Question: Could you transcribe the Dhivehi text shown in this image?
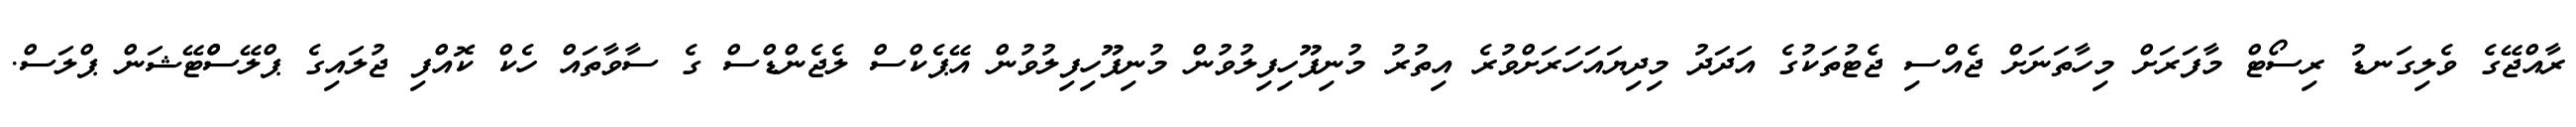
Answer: ރާއްޖޭގެ ވެލިގަނޑު ރިސޯޓް މާފަރަށް މިހާތަނަށް ޖެއްސި ޖެޓުތަކުގެ އަދަދު މިދިޔައަހަރަށްވުރެ އިތުރު މުނިފޫހިފިލުވުން މުނިފޫހިފިލުވުން އޭޕެކްސް ލެޖެންޑްސް ގެ ސާވާތައް ހެކް ކޮއްފި ޖުލައިގެ ޕްލޭސްްޓޭޝަން ޕްލަސް.